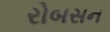
રોબસન